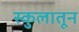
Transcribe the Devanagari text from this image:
स्कुलातून